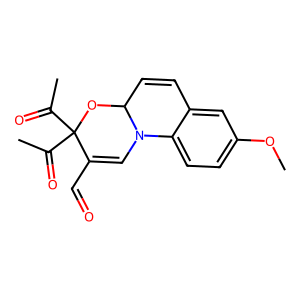
SMILES: COc1ccc2c(c1)C=CC1OC(C(C)=O)(C(C)=O)C(C=O)=CN21
Inhibits HIV replication: No